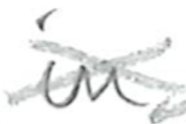
Text: in
Cross-out: cross
Writing tool: pencil